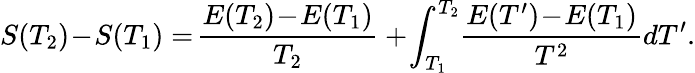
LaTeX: S(T_{2})\! -\! S(T_{1})=\! \frac{E(T_{2})\! -\! E(T_{1})}{T_{2}}+\! \int_{T_{1}}^{T_{2}}\! \frac{E(T^{\prime})\! -\! E(T_{1})}{T^{2}}dT^{\prime}.